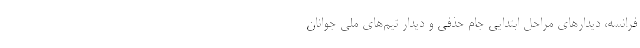
فرانسه، دیدارهای مراحل ابتدایی جام حذفی و دیدار تیم‌های ملی جوانان